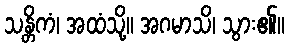
သန္တိကံ၊ အထံသို့။ အဂမာသိ၊ သွား၏။